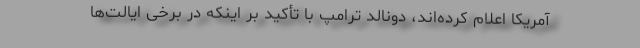
آمریکا اعلام کرده‌اند، دونالد ترامپ با تأکید بر اینکه در برخی ایالت‌ها